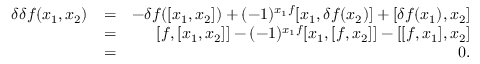
\begin{array} { r l r } { \delta \delta f ( x _ { 1 } , x _ { 2 } ) } & { = } & { - \delta f ( [ x _ { 1 } , x _ { 2 } ] ) + ( - 1 ) ^ { x _ { 1 } f } [ x _ { 1 } , \delta f ( x _ { 2 } ) ] + [ \delta f ( x _ { 1 } ) , x _ { 2 } ] } \\ & { = } & { [ f , [ x _ { 1 } , x _ { 2 } ] ] - ( - 1 ) ^ { x _ { 1 } f } [ x _ { 1 } , [ f , x _ { 2 } ] ] - [ [ f , x _ { 1 } ] , x _ { 2 } ] } \\ & { = } & { 0 . } \end{array}